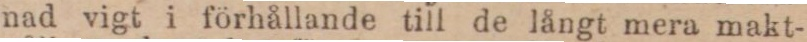
nad vigt i förhållande till de långt mera makt-